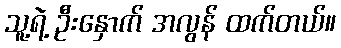
သူ့ရဲ့ ဦးနှောက် အလွန် ထက်တယ်။